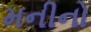
મનીનો